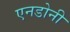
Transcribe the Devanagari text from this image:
एनडोनी